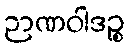
ဉာဏဝါဒဉ္စ